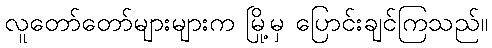
လူတော်တော်များများက မြို့မှ ပြောင်းချင်ကြသည်။